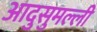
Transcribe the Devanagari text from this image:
आदुसुमल्ली